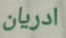
ادريان